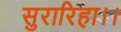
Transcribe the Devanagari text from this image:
सुरारिहा।।